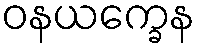
ဝနယက္ခေန